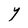
Character: Y